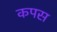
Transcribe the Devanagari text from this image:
कपस